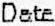
DATE